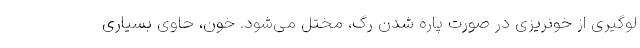
لوگیری از خونریزی در صورت پاره شدن رگ، مختل می‌شود. خون، حاوی بسیاری